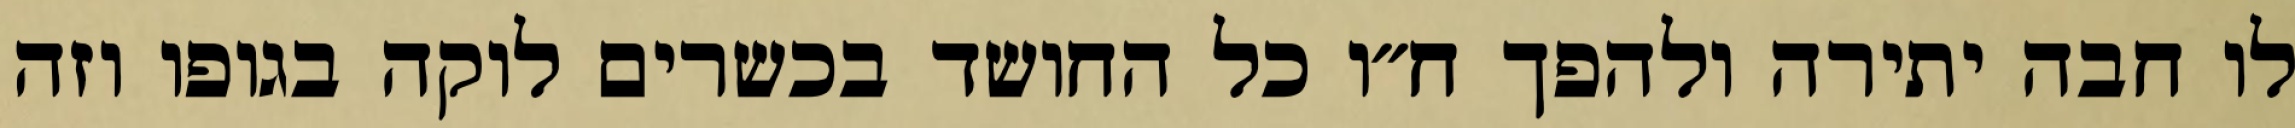
לו חבה יתירה ולהפך ח״ו כל החושד בכשרים לוקה בגופו וזה